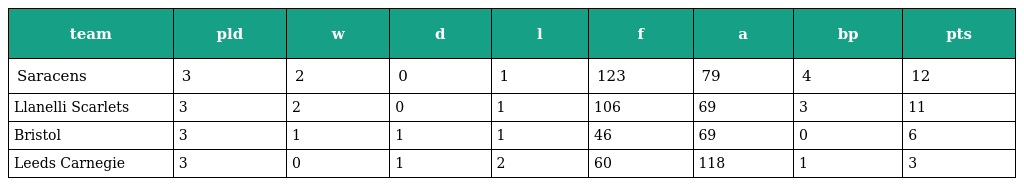
| team | pld | w | d | l | f | a | bp | pts |
 | --- | --- | --- | --- | --- | --- | --- | --- | --- |
 | Saracens | 3 | 2 | 0 | 1 | 123 | 79 | 4 | 12 |
 | Llanelli Scarlets | 3 | 2 | 0 | 1 | 106 | 69 | 3 | 11 |
 | Bristol | 3 | 1 | 1 | 1 | 46 | 69 | 0 | 6 |
 | Leeds Carnegie | 3 | 0 | 1 | 2 | 60 | 118 | 1 | 3 |